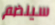
سينضم